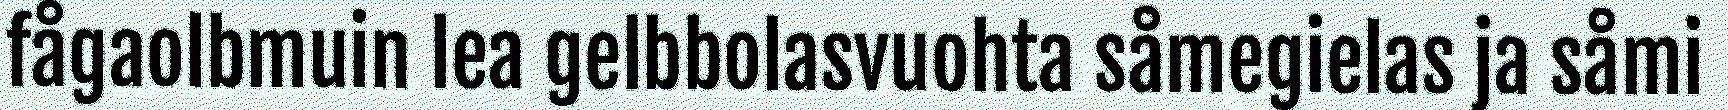
fågaolbmuin lea gelbbolasvuohta såmegielas ja såmi